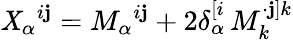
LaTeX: \mathit{X}_{\alpha}{}^{i\mathbf{j}}=M_{\alpha}{}^{i\mathbf{j}}+2\delta_{\alpha}^{[i}\, M_{k}^{\cdot\mathbf{j}]k}